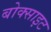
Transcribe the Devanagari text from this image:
बोक्साइट